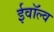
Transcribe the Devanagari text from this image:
ईवॉल्व